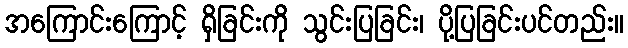
အကြောင်းကြောင့် ရှိခြင်းကို သွင်းပြခြင်း၊ ပို့ပြခြင်းပင်တည်း။